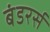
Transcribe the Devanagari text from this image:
बंडरर्स